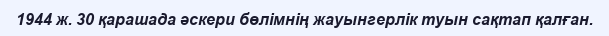
1944 ж. 30 қарашада әскери бөлімнің жауынгерлік туын сақтап қалған.